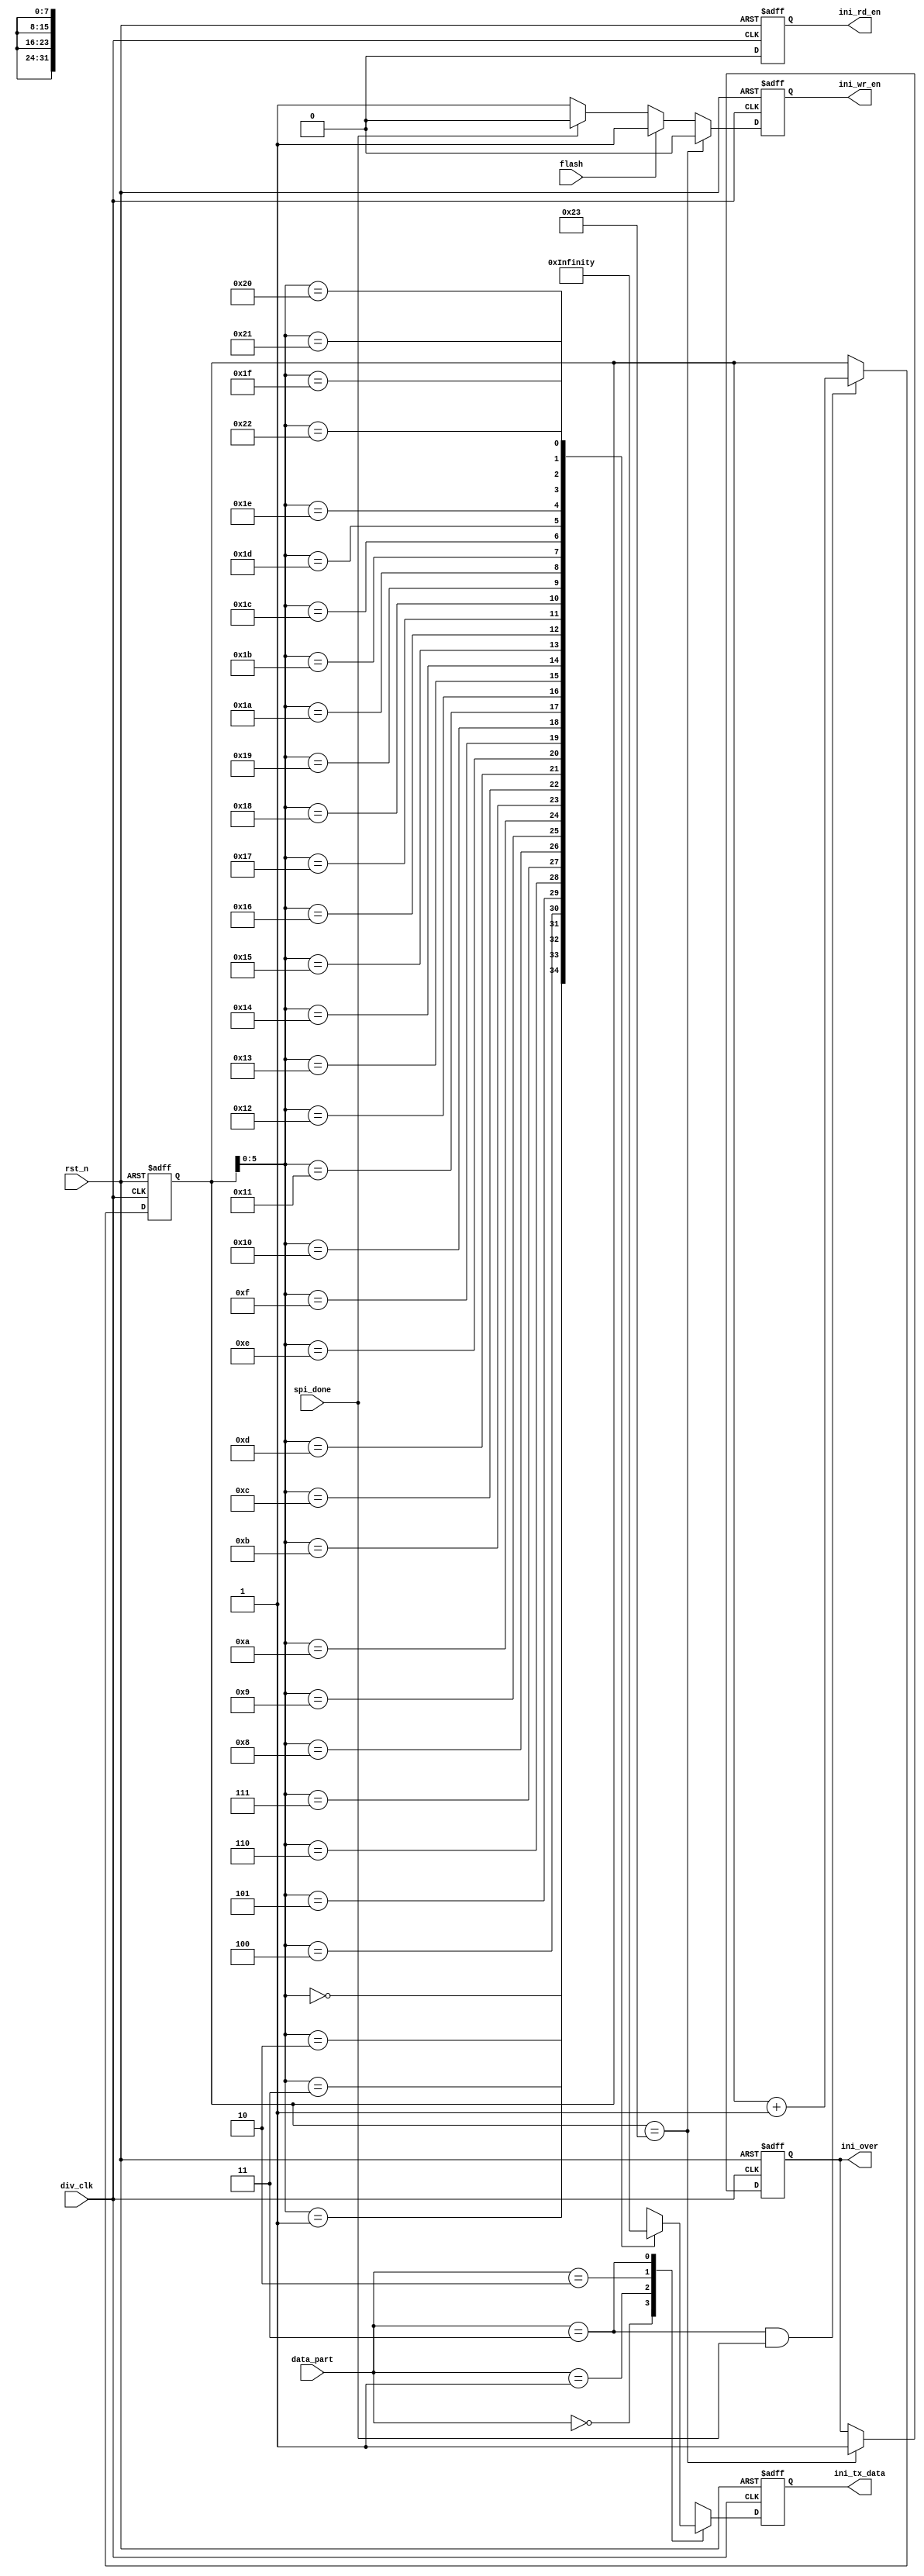
module ini (
	div_clk,
	rst_n,
	ini_tx_data,
	ini_wr_en,
	ini_rd_en,
	spi_done,
	flash,
	ini_over,
	data_part
	);	
input div_clk;
input rst_n;
input spi_done;
input flash;
input [1:0]data_part;
output reg ini_wr_en;
output reg ini_rd_en;
output reg[7:0]ini_tx_data;
output reg ini_over;


parameter	adder_data = 2'b00;
parameter	h_data = 2'b01;
parameter	m_data = 2'b10;
parameter	l_data = 2'b11;
parameter   reg_num = 35;

wire [31:0] value[0:reg_num-1] ;


assign value[0] =		{8'h01,24'h17c0};//
assign value[1] =		{8'h02,24'h1f3e};
assign value[2] =		{8'h03,24'h1770};
assign value[3] =		{8'h04,24'h1f3f};
assign value[4] =		{8'h05,24'h50};
assign value[5] =		{8'h06,24'h7ce};
assign value[6] =		{8'h07,24'h820};
assign value[7] =		{8'h08,24'hf9e};
assign value[8] =		{8'h09,24'h7d0};
assign value[9] =		{8'h0a,24'hf9f};
assign value[10] =	{8'h0b,24'hff0};
assign value[11] =	{8'h0c,24'h176e};
assign value[12] =	{8'h0d,24'h6};
assign value[13] =	{8'h0e,24'h7cf};
assign value[14] =	{8'h0f,24'h7d6};
assign value[15] =	{8'h10,24'hf9f};
assign value[16] =	{8'h11,24'hfa6};
assign value[17] =	{8'h12,24'h176f};
assign value[18] =	{8'h13,24'h1776};
assign value[19] =	{8'h14,24'h1f3f};
assign value[20] =	{8'h15,24'h0};
assign value[21] =	{8'h16,24'h5};
assign value[22] =	{8'h17,24'h7d0};
assign value[23] =	{8'h18,24'h7d5};
assign value[24] =	{8'h19,24'hfa0};
assign value[25] =	{8'h1a,24'hfa5};
assign value[26] =	{8'h1b,24'h1770};
assign value[27] =	{8'h1c,24'h1775};//
assign value[28] =	{8'h1d,24'h1f3f};//
assign value[29] =	{8'h1e,12'b0,3'b000,1'b1,6'b0,2'b01};//contro1:23-12 must be 0;  11-9:alm_pin;   8:timer module 7-0:must be 8'h02
assign value[30] =	{8'h21,24'h0000_00};//TIA_AMB_GAIN:
assign value[31] =	{8'h22,8'h01,8'h44,8'h44};//LED CONTROL
assign value[32] =	{8'h23,24'h02_0100};//CONTRL2
assign value[33] =	{8'h29,24'h00_0000};//ALARN
assign value[34] =	{8'h00,24'h00_0001};//control 0 SPI_READ 1




reg [7:0] ini_num;//
always @(posedge div_clk or negedge rst_n)
begin
	if (!rst_n)
		begin
			ini_wr_en <= 1'b0;
			ini_rd_en <= 1'b0;
		end
	else begin
		ini_rd_en <= 1'b0;
		if (ini_num == reg_num)
			ini_wr_en <= 1'b0;
		else if (flash)
			ini_wr_en <= 1'b1;
		else if(spi_done)
			ini_wr_en <= 1'b0;
		else 
			ini_wr_en <= 1'b1;	
		end
	end
always @ (posedge div_clk or negedge rst_n )
	begin
	if (!rst_n)
		ini_tx_data <= 8'b0;
	else 
		begin
		case(data_part)
			adder_data: ini_tx_data <= value[ini_num][31:24];
			h_data	:	ini_tx_data <= value[ini_num][23:16];
			m_data	:	ini_tx_data <= value[ini_num][15:8];
			l_data	:	ini_tx_data <= value[ini_num][7:0];
		endcase
		end		
	end	
//		 
always @(posedge div_clk or negedge rst_n)
	begin
		if(!rst_n)
			begin
			ini_num <= 8'b0;
			end
		else if (data_part == l_data && spi_done == 1'b1)
			begin
			ini_num <= ini_num +1'b1;
			end
	end
//
always@ (posedge div_clk or negedge rst_n)
	begin
	if (!rst_n)
		begin
			ini_over <= 1'b0;
		end
	else if (ini_num == reg_num)
		begin
			ini_over <= 1'b1;
		end
	end
//read data from afe4400
endmodule